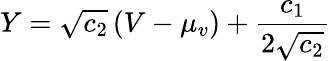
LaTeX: Y=\sqrt{c_{2}}\left(V-\mu_{v}\right)+\frac{c_{1}}{2\sqrt{c_{2}}}